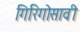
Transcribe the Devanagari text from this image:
गिरिगोसावी